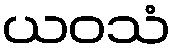
ယဝသံ